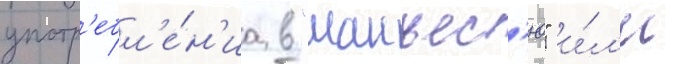
употр'ебл'е́н'иа в "манъес'ю" и́л'и